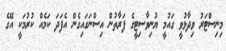
މިނިސްޓަރު ވިދާޅުވީ ގައުމީ ޔުނިވާސިޓީގެ ފަރާތުން އިސްނަގައިގެން އެފަދަ ކަމެއް ކުރުމަކީ އޭގެ